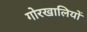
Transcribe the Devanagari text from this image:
गोरखालियों